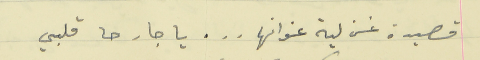
قصيدة غزلية عنوانها . . . يا جارحا قلبي